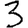
Digit: 3